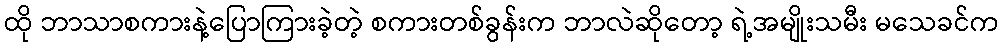
ထို ဘာသာစကားနဲ့ပြောကြားခဲ့တဲ့ စကားတစ်ခွန်းက ဘာလဲဆိုတော့ ရဲ့အမျိုးသမီး မသေခင်က